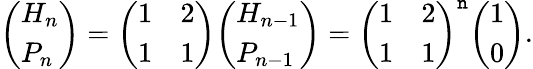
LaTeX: {\left(\begin{array}{l}{H_{n}}\\ {P_{n}}\end{array}\right)}={\left(\begin{array}{ll}{1}&{2}\\ {1}&{1}\end{array}\right)}{\left(\begin{array}{l}{H_{n-1}}\\ {P_{n-1}}\end{array}\right)}={\left(\begin{array}{ll}{1}&{2}\\ {1}&{1}\end{array}\right)}^{\mathtt{n}}{\left(\begin{array}{l}{1}\\ {0}\end{array}\right)}.